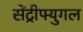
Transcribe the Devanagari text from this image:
सेंट्रीफ्युगल